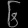
Digit: ၆